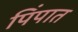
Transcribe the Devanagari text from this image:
पिंपात